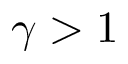
\gamma > 1